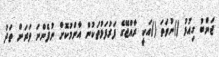
ޖަންބު ގިއުޅު ()ނުވަތަ ()އަކީ ރާއްޖޭގެ ފަރުފަޅުތަކުން އާންމުކޮށް ނުފެންނަ ވަރަށް ތަދު